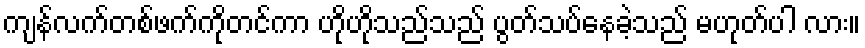
ကျန်လက်တစ်ဖက်ကိုတင်ကာ ဟိုဟိုသည်သည် ပွတ်သပ်နေခဲ့သည် မဟုတ်ပါ လား။